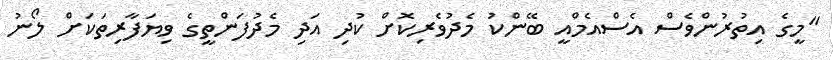
"މީގެ އިތުުރުންވެސް އެސްއެމްއީ ބޭންކު މެދުވެރިކޮށް ކުދި އަދި މެދުފަންތީގެ ވިޔަފާރިތަކަށް ލޯނު